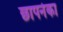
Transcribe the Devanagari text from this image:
छापनेका